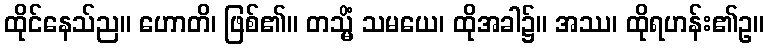
ထိုင်နေသ်ည။ ဟောတိ၊ ဖြစ်၏။ တသ္မိံ သမယေ၊ ထိုအခါ၌။ အဿ၊ ထိုရဟန်း၏ဥ။